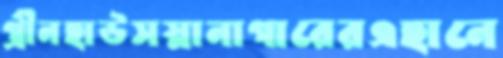
গ্রীনহাউসস্নানাগারেরএহানে